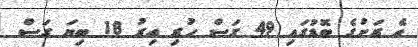
އެ ރަށުގެ ބޮޑުގައި 49 ގަސް ހުރި އިރު 18 ބިޔަ ގަސް